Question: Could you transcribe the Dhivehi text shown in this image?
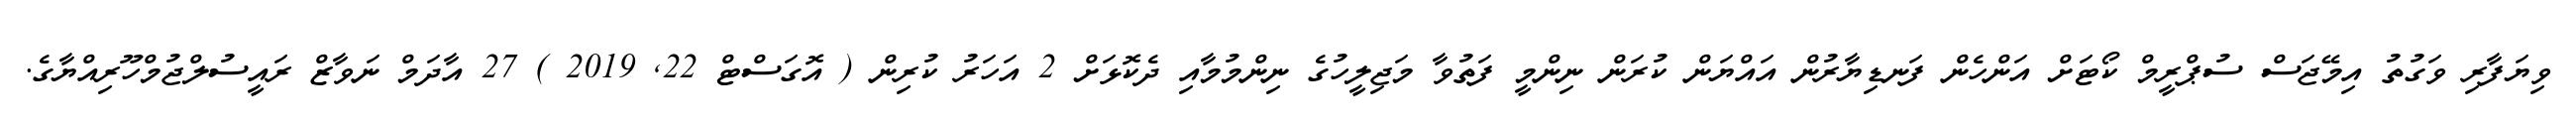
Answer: ވިޔަފާރި ވަގުތު އިމޭޖަސް ސުޕްރީމް ކޯޓަށް އަންހެން ފަނޑިޔާރުން އައްޔަން ކުރަން ނިންމީ ފަތުވާ މަޖިލީހުގެ ނިންމުމާއި ދެކޮޅަށް 2 އަހަރު ކުރިން ( އޮގަސްޓް 22, 2019 ) 27 އާދަމް ނަވާޒް ރައީސުލްޖުމްހޫރިއްޔާގެ.